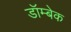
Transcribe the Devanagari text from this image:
डॉम्बेक